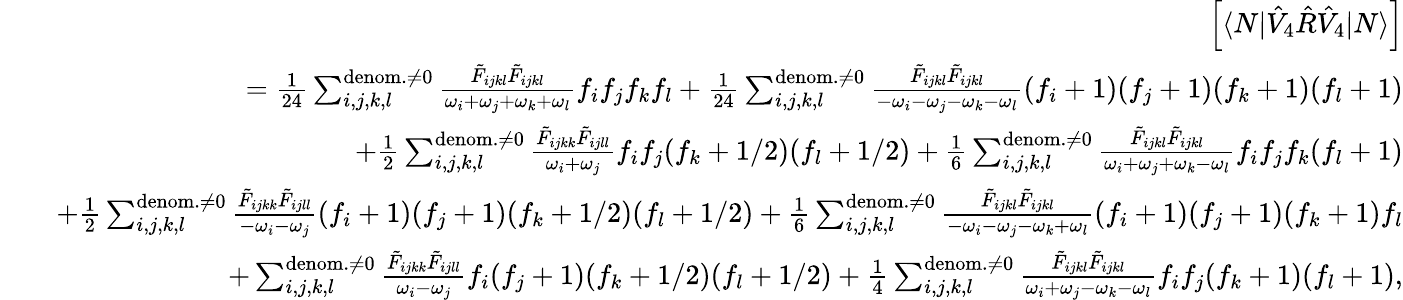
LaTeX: \begin{array}{rlr}&{}&{\left[\langle N|\hat{V}_{4}\hat{R}\hat{V}_{4}|N\rangle\right]}\\ &{}&{=\frac{1}{24}\sum_{i,j,k,l}^{{\mathrm{denom.}\neq 0}}\frac{\tilde{F}_{ijkl}\tilde{F}_{ijkl}}{\omega_{i}+\omega_{j}+\omega_{k}+\omega_{l}}f_{i}f_{j}f_{k}f_{l}+\frac{1}{24}\sum_{i,j,k,l}^{{\mathrm{denom.}\neq 0}}\frac{\tilde{F}_{ijkl}\tilde{F}_{ijkl}}{-\omega_{i}-\omega_{j}-\omega_{k}-\omega_{l}}(f_{i}+1)(f_{j}+1)(f_{k}+1)(f_{l}+1)}\\ &{}&{+\frac{1}{2}\sum_{i,j,k,l}^{\mathrm{denom.}\neq 0}\frac{\tilde{F}_{ijkk}\tilde{F}_{ijll}}{\omega_{i}+\omega_{j}}{f_{i}}{f_{j}}{(f_{k}+1/2)}{(f_{l}+1/2)}+\frac{1}{6}\sum_{i,j,k,l}^{\mathrm{denom.}\neq 0}\frac{\tilde{F}_{ijkl}\tilde{F}_{ijkl}}{\omega_{i}+\omega_{j}+\omega_{k}-\omega_{l}}{f_{i}}{f_{j}}{f_{k}}(f_{l}+1)}\\ &{}&{+\frac{1}{2}\sum_{i,j,k,l}^{\mathrm{denom.}\neq 0}\frac{\tilde{F}_{ijkk}\tilde{F}_{ijll}}{-\omega_{i}-\omega_{j}}{(f_{i}+1)}{(f_{j}+1)}{(f_{k}+1/2)}{(f_{l}+1/2)}+\frac{1}{6}\sum_{i,j,k,l}^{\mathrm{denom.}\neq 0}\frac{\tilde{F}_{ijkl}\tilde{F}_{ijkl}}{-\omega_{i}-\omega_{j}-\omega_{k}+\omega_{l}}{(f_{i}+1)}{(f_{j}+1)}{(f_{k}+1)}f_{l}}\\ &{}&{+\sum_{i,j,k,l}^{\mathrm{denom.}\neq 0}\frac{\tilde{F}_{ijkk}\tilde{F}_{ijll}}{\omega_{i}-\omega_{j}}{f_{i}}{(f_{j}+1)}{(f_{k}+1/2)}{(f_{l}+1/2)}+\frac{1}{4}\sum_{i,j,k,l}^{\mathrm{denom.}\neq 0}\frac{\tilde{F}_{ijkl}\tilde{F}_{ijkl}}{\omega_{i}+\omega_{j}-\omega_{k}-\omega_{l}}{f_{i}}{f_{j}}{(f_{k}+1)}(f_{l}+1),}\end{array}